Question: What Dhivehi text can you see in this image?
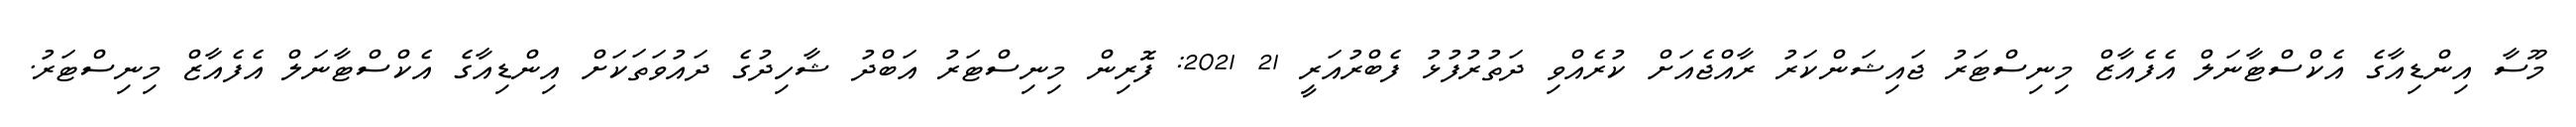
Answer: މޫސާ އިންޑިއާގެ އެކްސްޓާނަލް އެފެއާޒް މިނިސްޓަރު ޖައިޝަންކަރު ރާއްޖެއަށް ކުރެއްވި ދަތުރުފުޅު ފެބްރުއަރީ 21 2021: ފޮރިން މިނިސްޓަރު އަބްދު ޝާހިދުގެ ދައުވަތަކަށް އިންޑިއާގެ އެކްސްޓާނަލް އެފެއާޒް މިނިސްޓަރު.